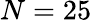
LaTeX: N=25